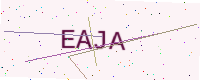
Text: EAJA